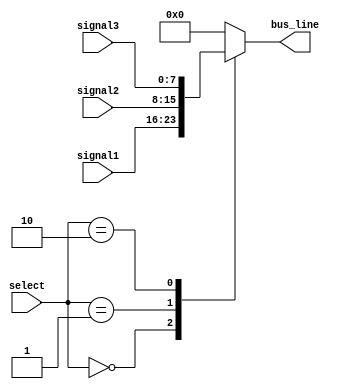
module IO_Bus_Switch (
    input [7:0] signal1,
    input [7:0] signal2,
    input [7:0] signal3,
    input [2:0] select,
    output reg [7:0] bus_line
);

always @ (select)
begin
    case (select)
        3'b000: bus_line <= signal1;
        3'b001: bus_line <= signal2;
        3'b010: bus_line <= signal3;
        default: bus_line <= 8'b0; // Default case to ensure a valid output
    endcase
end

endmodule